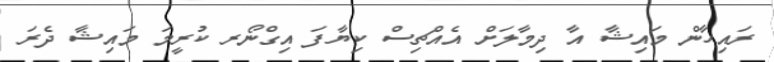
ރައިހާން މައިޝާ އާ ދިމާލަށް އެއްޗިސް ކިޔާފަ އިގްނޯރ ކުރީމަ މައިޝާ ދެރަ